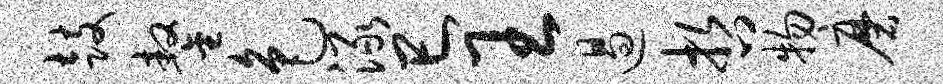
鼓鏊色渌巳王遏哲物磨